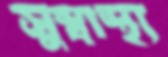
সুস্বাস্থ্য